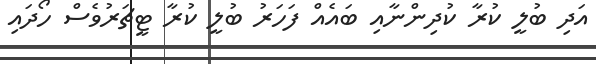
އަދި ބުލީ ކުރާ ކުދިންނާއި ބައެއް ފަހަރު ބުލީ ކުރާ ޓީޗަރުވެސް ހޯދައި